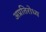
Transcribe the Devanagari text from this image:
अप्रतिरोध्य